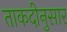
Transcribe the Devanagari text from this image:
ताकदीनुसार